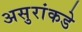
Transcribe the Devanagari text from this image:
असुरांकडे